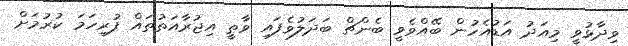
ވިދާޅުވީ މިއަދު އަޑުއެހުން ބޭއްވެވީ ބެންޗް ބަދަލުވެފައި ވާތީ އިޖުރާއަތުތައް ފުރިހަމަ ކުރުމަށް